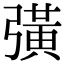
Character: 彉